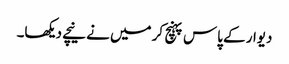
دیوار کے پاس پہنچ کر میں نے نیچے دیکھا۔